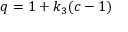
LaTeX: q = 1 + k _ { 3 } ( c - 1 )